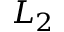
L _ { 2 }